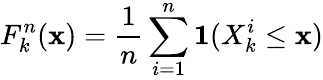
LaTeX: F_{k}^{n}(\mathbf{x})={\frac{{1}}{{n}}}\sum_{i=1}^{n}\mathbf{{1}}(X_{k}^{i}\leq\mathbf{x})